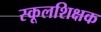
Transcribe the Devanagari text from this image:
स्कूलशिक्षक